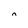
Character: n